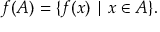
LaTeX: f ( A ) = \{ f ( x ) \mid x \in A \} .